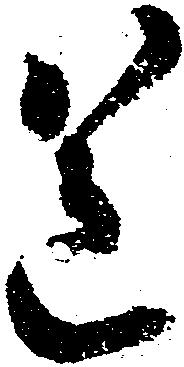
送